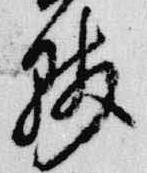
賎